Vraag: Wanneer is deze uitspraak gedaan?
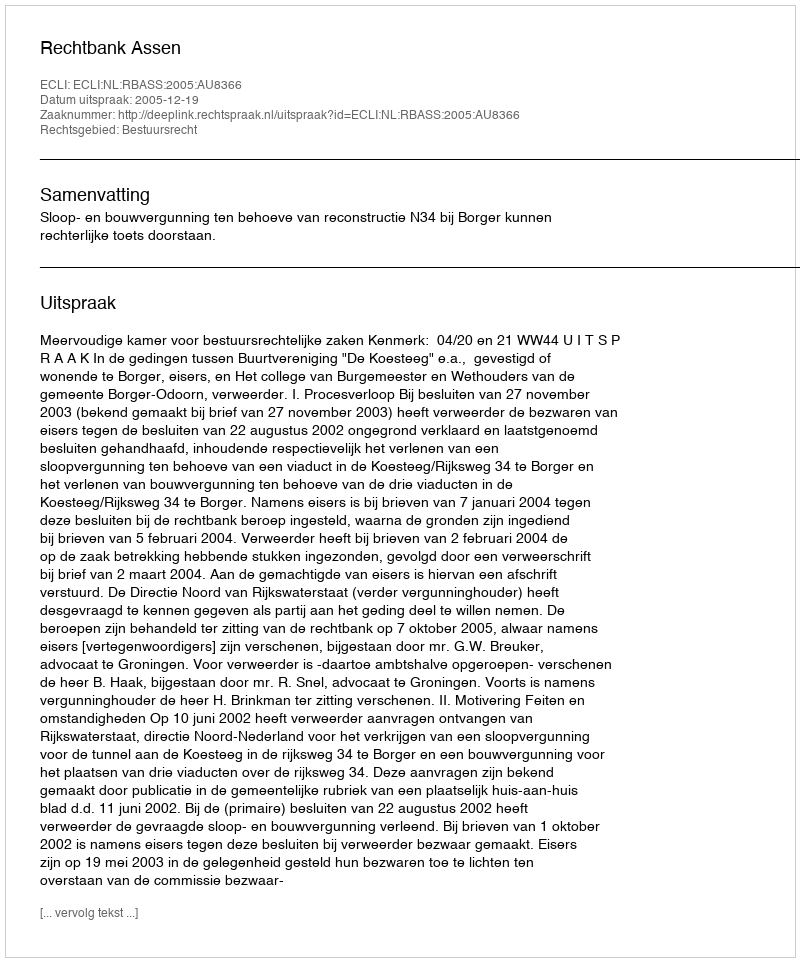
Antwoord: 2005-12-19